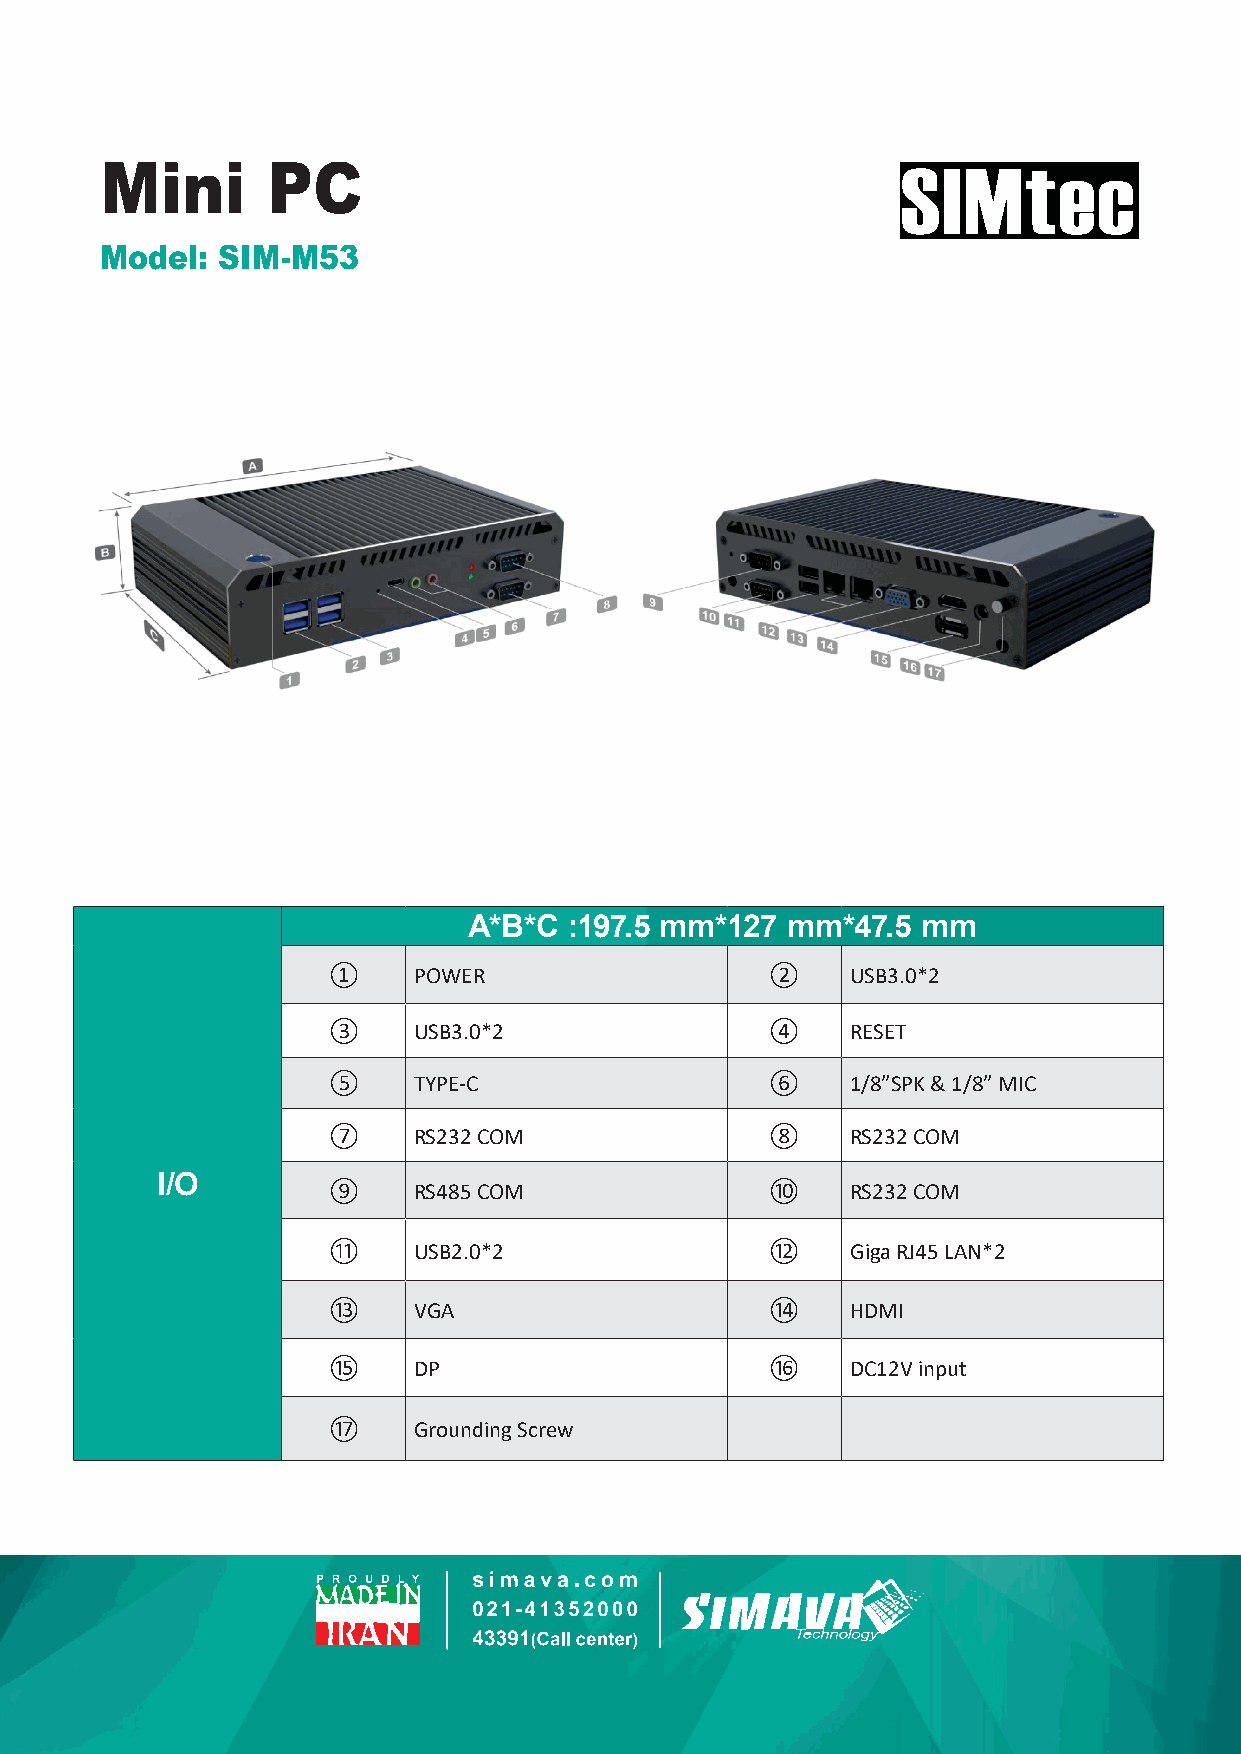
Mini       PC
 Model: SIM-M53
 A*B*C  :197.5 mm*127 mm*47.5  mm
 ①    POWER                   ②    USB3.0*2
 ③    USB3.0*2                ④    RESET
 ⑤    TYPE-C                  ⑥    1/8”SPK & 1/8” MIC
 ⑦    RS232 COM               ⑧    RS232 COM
 I/O
 ⑨    RS485 COM               ⑩    RS232 COM
 ⑪    USB2.0*2                ⑫    Giga RJ45 LAN*2
 ⑬    VGA                     ⑭    HDMI
 ⑮    DP                      ⑯    DC12V input
 ⑰    Grounding Screw